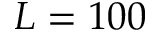
L = 1 0 0